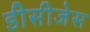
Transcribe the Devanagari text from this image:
डीसीजेस